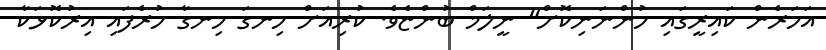
އަހަރެން ކައިރީގައި ހުންނަނިކޮށް" ނީލަމް ބުންޏެވެ. ކުރިއަށް ހިނގަ ހިނގާ ހުރެފައި އިރުކޮޅަކާ